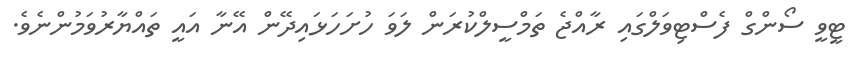
ޓީވީ ސޯންގް ފެސްޓިވަލްގައި ރާއްޖެ ތަމްސީލްކުރަން ލަވަ ހުށަހަޅައިދޭން އޭނާ އައީ ތައްޔާރުވަމުންނެވެ.